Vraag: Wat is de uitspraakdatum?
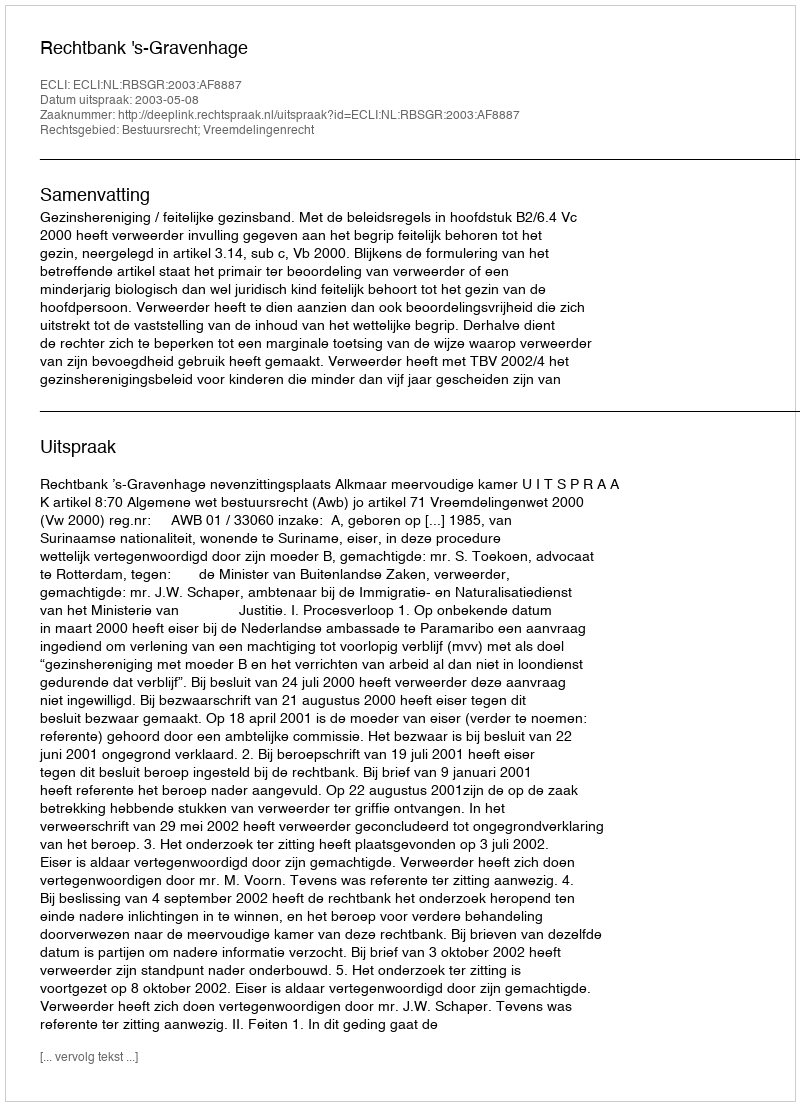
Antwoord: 2003-05-08